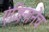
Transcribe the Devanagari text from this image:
एंजिनानेच